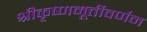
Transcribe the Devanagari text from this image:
श्रीकृष्णमूर्तीवर्णन